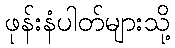
ဖုန်းနံပါတ်များသို့